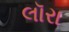
લૉરા